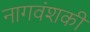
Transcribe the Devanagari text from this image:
नागवंशकी